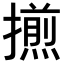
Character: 𢶕